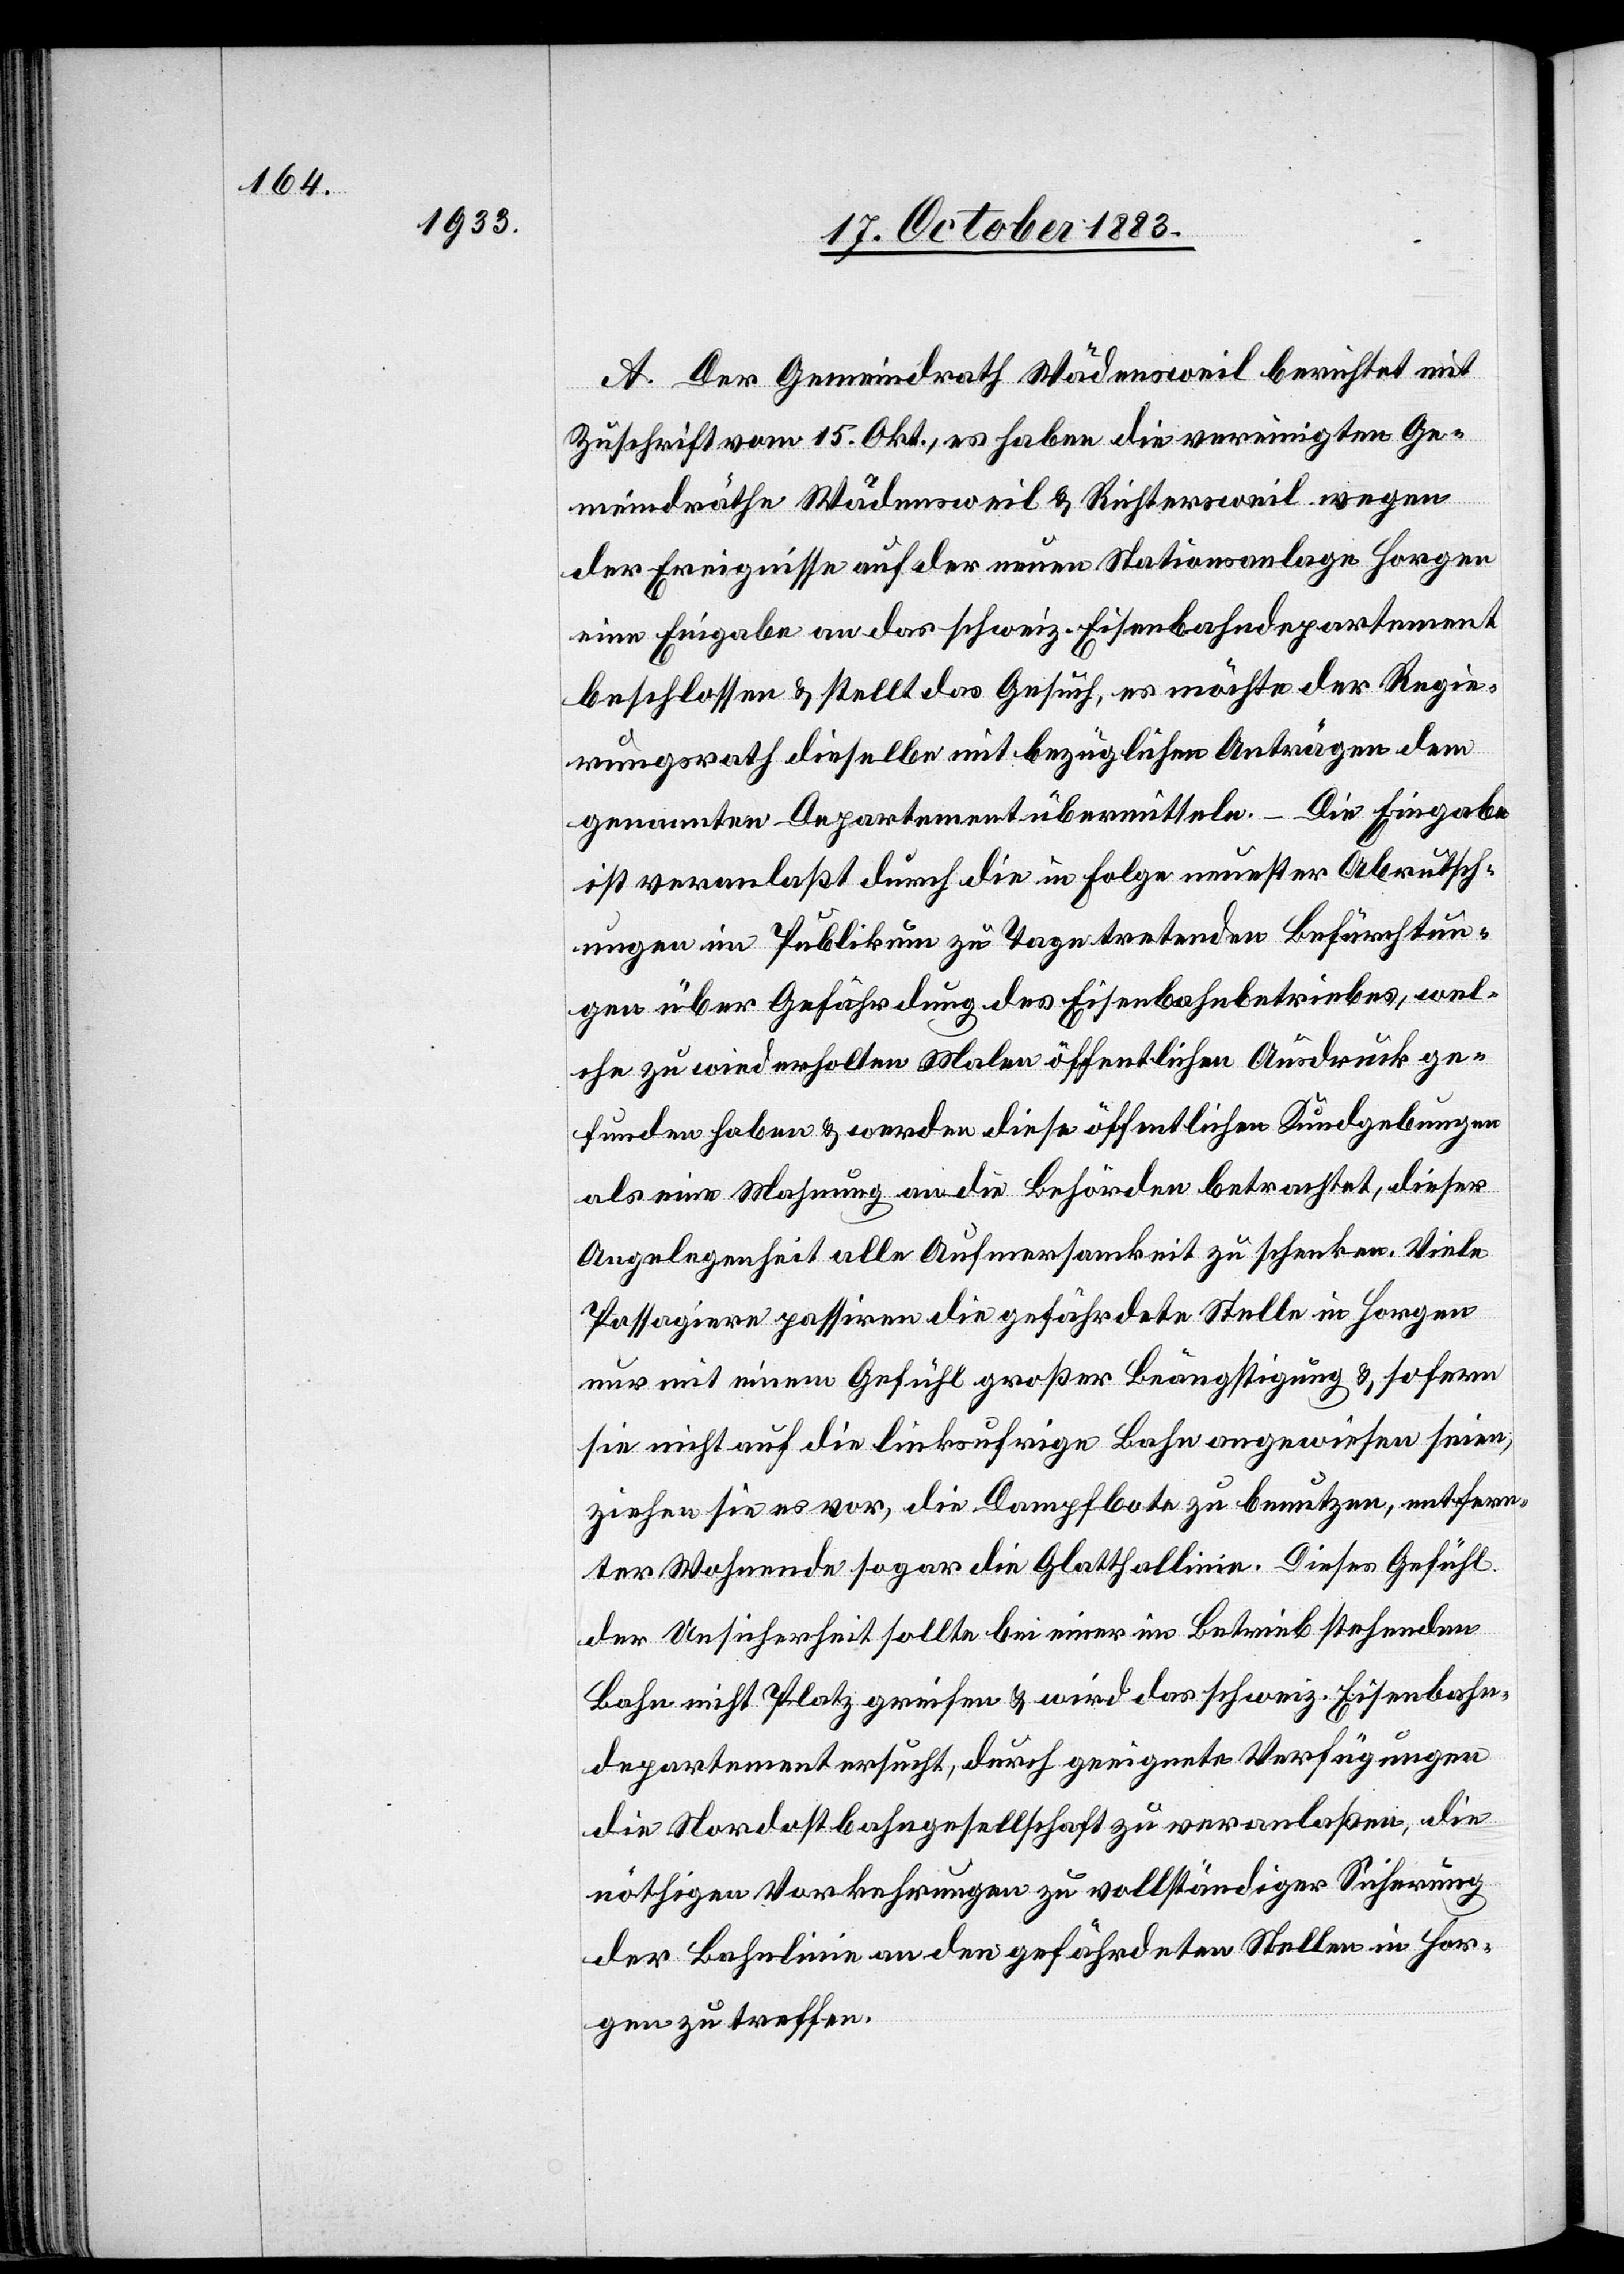
A. Der Gemeindrath Wädensweil berichtet mit
Zuschrift vom 15. Okt., es haben die vereinigten Ge¬
meindräthe Wädensweil & Richtersweil wegen
der Ereignisse auf der neuen Stationsanlage Horgen
eine Eingabe an das schweiz. Eisenbahndepartement
beschlossen & stellt das Gesuch, es möchte der Regie¬
rungsrath dieselbe mit bezüglichen Anträgen dem
genannten Departement übermitteln. – Die Eingabe
ist veranlaßt durch die in Folge neuester Abrutsch¬
ungen im Publikum zu Tage tretenden Befürchtun¬
gen über Gefährdung des Eisenbahnbetriebes, wel¬
che zu wiederholten Malen öffentlichen Ausdruck ge¬
funden haben & werden diese öffentlichen Kundgebungen
als eine Mahnung an die Behörden betrachtet, dieser
Angelegenheit alle Aufmerksamkeit zu schenken. Viele
Passagiere passiren die gefährdete Stelle in Horgen
nur mit einem Gefühl großer Beängstigung &, sofern
sie nicht auf die linksufrige Bahn angewiesen seien,
ziehen sie es vor, die Dampfbote zu benutzen, entfern¬
ter Wohnende sogar die Glatthallinie. Dieses Gefühl
der Unsicherheit sollte bei einer im Betrieb stehenden
Bahn nicht Platz greifen & wird das schweiz. Eisenbahn¬
departement ersucht, durch geeignete Verfügungen
die Nordostbahngesellschaft zu veranlaßen, die
nöthigen Vorkehrungen zu vollständiger Sicherung
der Bahnlinie an den gefährdeten Stellen in Hor¬
gen zu treffen.